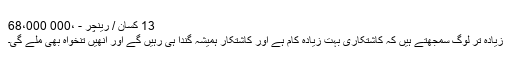
13 کسان / رینچر - ،000 68،000
زیادہ تر لوگ سمجھتے ہیں کہ کاشتکاری بہت زیادہ کام ہے اور کاشتکار ہمیشہ گندا ہی رہیں گے اور انھیں تنخواہ بھی ملے گی۔